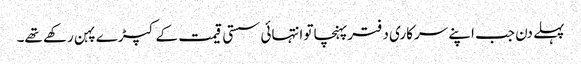
پہلے دن جب اپنے سرکاری دفترپہنچاتو انتہائی سستی قیمت کے کپڑے پہن رکھے تھے۔